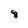
Character: 8